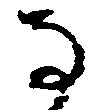
な